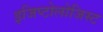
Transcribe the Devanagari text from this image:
इजिप्टोलोजिस्ट